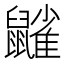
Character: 𪖀